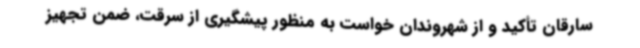
سارقان تأکید و از شهروندان خواست به منظور پیشگیری از سرقت، ضمن تجهیز